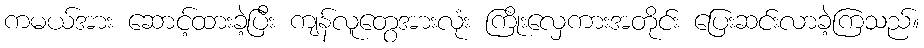
ကမယ်အား ဆောင့်ထားခဲ့ပြီး ကျန်လူတွေအားလုံး ကြိုးလှေကားအတိုင်း ပြေးဆင်းလာခဲ့ကြသည်။